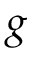
g